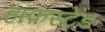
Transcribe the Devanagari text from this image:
हॉफ़स्टेड